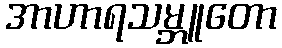
အာဟာရသမ္ဘူတော